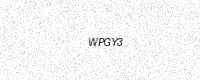
Text: WPGY3